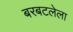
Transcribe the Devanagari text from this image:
बरबटलेला